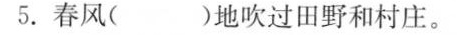
5.春风( )地吹过田野和村庄。